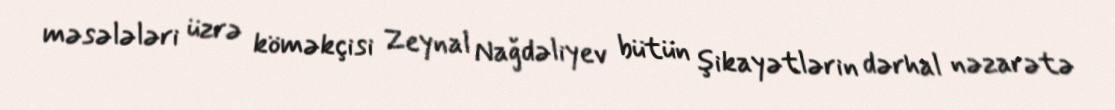
məsələləri üzrə köməkçisi Zeynal Nağdəliyev bütün şikayətlərin dərhal nəzarətə